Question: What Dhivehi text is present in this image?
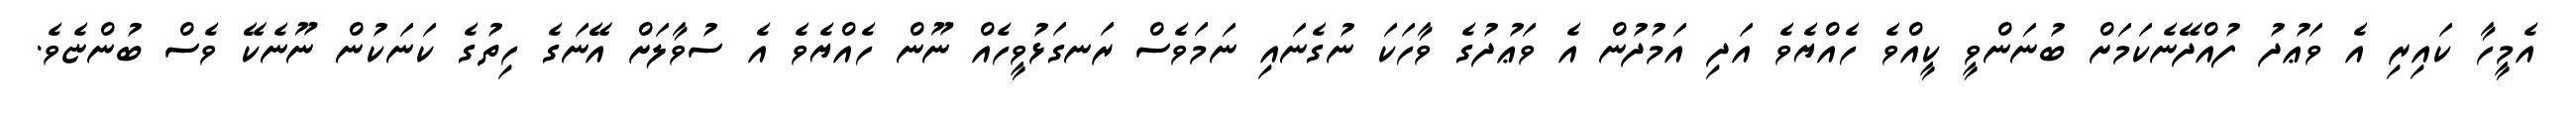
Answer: އެމީހާ ކައިރި އެ ވަޢުދު ފުއްދޭނެކަމަށް ބުނަންވީ ކީއްވެ ހެއްޔެވެ އަދި އަމުދުން އެ ވަޢުދުގެ ވާހަކަ ނުގެނައި ނަމަވެސް ރަނގަޅުވީހެއް ނޫން ހެއްޔެވެ އެ ސުވާލަށް އޭނަގެ ހިތުގެ ކަނަކުން ނޫނެކޭ ވެސް ބުންޏެވެ.